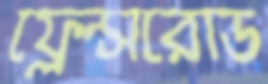
ফ্রেন্সরোড